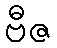
ဗီဇ